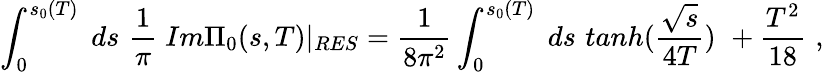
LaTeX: \int_{0}^{s_{0}(T)}\; ds\, \, \frac{1}{\pi}\; Im\Pi_{0}(s,T)|_{RES}=\frac{1}{8\pi^{2}}\int_{0}^{s_{0}(T)}\; ds\, \, tanh(\frac{\sqrt{s}}{4T})\, \, +\frac{T^{2}}{18}\, \, ,